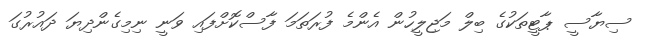
ސިޔާސީ ޕާޓީތަކުގެ ބިލް މަޖިލީހުން އެންމެ ފުރަތަމަ ފާސްކޮށްފައި ވަނީ ނިމިގެންދިޔަ ދައުރުގަ